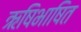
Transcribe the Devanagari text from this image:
ऋषिभाषित